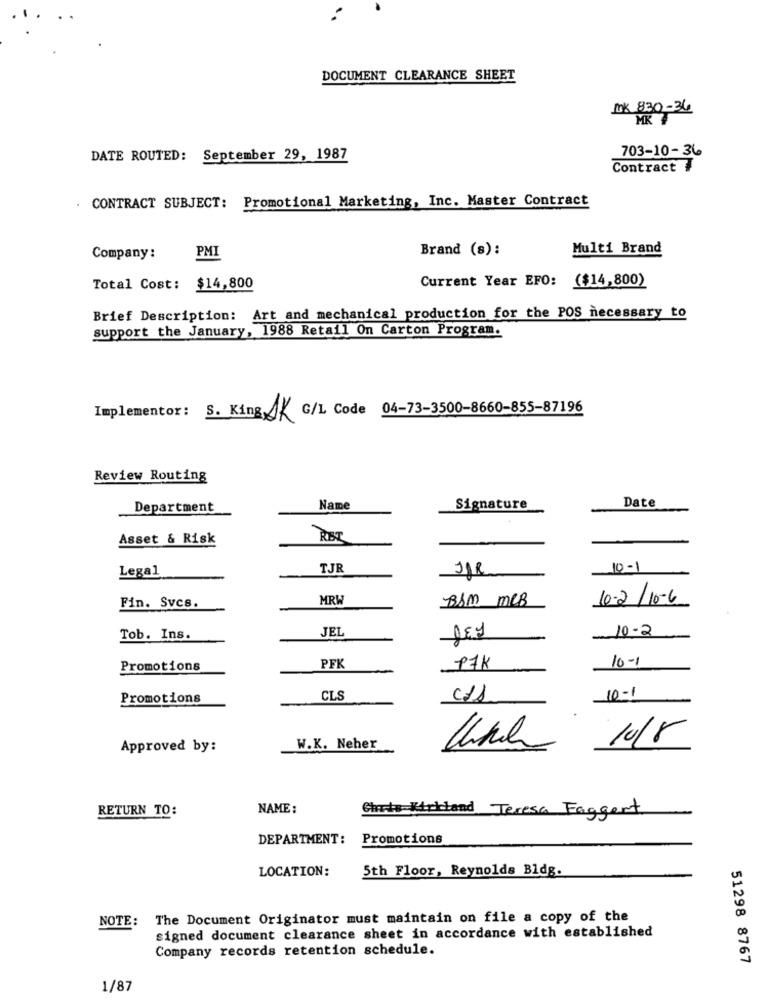
DOCUMENT CLEARANCE SHEET
mk 830-36
MK +
703-10-36
DATE ROUTED: September 29, 1987
Contract ₮
. CONTRACT SUBJECT: Promotional Marketing, Inc. Master Contract
Brand (s):
Multi Brand
Company:
PMI
Current Year EFO: ($14,800)
Total Cost: $14,800
Brief Description: Art and mechanical production for the POS necessary to
support the January, 1988 Retail On Carton Program.
Implementor: S. King AK G/L Code 04-73-3500-8660-855-87196
Review Routing
Date
Department
Name
Signature
Asset & Risk
RET
Legal
TJE
JAR
10-1
MRI
B&M MCB
4-2/10-6
Fin. Svcs.
JEI
10-2
Tob. Ins.
REY
10-1
Promotions
PFK
97k
Promotions
CLS
10-1
1018
Approved by:
W.K. Neher
RETURN TO:
NAME:
Charts Kirkland Teresa Faggert
DEPARTMENT:
Promotions
LOCATION:
5th Floor, Reynolds Bldg.
NOTE: The Document Originator must maintain on file a copy of the
signed document clearance sheet in accordance with established
Company records retention schedule.
51298 8767
1/87